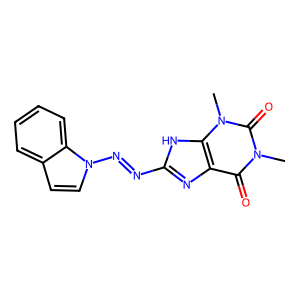
SMILES: Cn1c(=O)c2nc(N=Nn3ccc4ccccc43)[nH]c2n(C)c1=O
Inhibits HIV replication: No